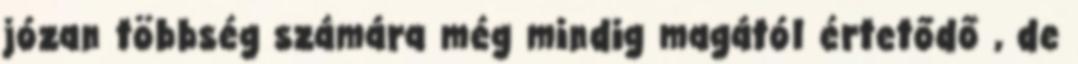
józan többség számára még mindig magától értetődő , de